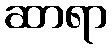
ဆာရာ